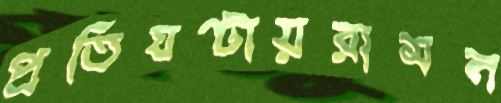
প্রতিঘণ্টায়রামন